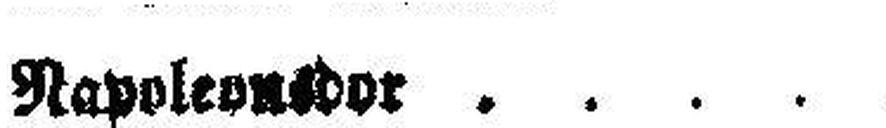
Napoleonsdor